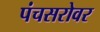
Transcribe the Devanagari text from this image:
पंचसरोवर